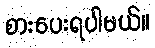
စားပေးရပါမယ်။